Vaccination in Bombay 1924-1928 - 1924-1928
Year: 1924
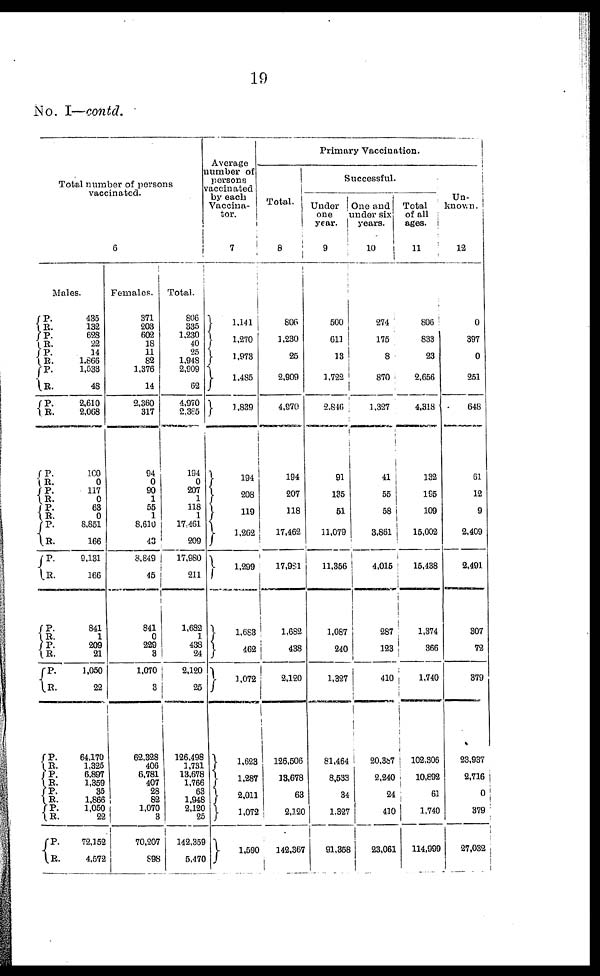
19
No. I—contd.
Total number of persons
vaccinated.
6
Males.
P.
R.
P.
R.
P.
R.
P.
R. P.
R.
P.
R.
P.
R.
P.
R.
P.
R.
P.
R.
P. R.
P.
R.
P.
R.
P.
R.
P.
R.
P.
R.
P.
R.
P.
R.
435
132
628
22
14
1,866
1,533
48
2,610
2,068
100
0
117
0
63
0
8,851
166
9,131
166
841
1
209
21
1,050
22
64,170
1,325
6,897
1,359
35
1,866
1,050
22
72,152
4,572
Females.
371
203
602
18
11
82
1,376
14
2,360
317
94
0
90
1
55
1
8,610
43
3,849
45
841
0
229
3
1,070
3
62,328
406
6,781
407
28
82
1,070
3
70,207
898
Total.
806
335
1,230
40
25
1,948
2,909
62
4,970
2,385
194
0
207
1
118
1
17,461
209
17,980
211
1,682
1
438
24
2,120
25
126,498
1,731
13,678
1,766
6
1,948
2,120
2
142,359
5,470
Average
number of
persons
vaccinated
by each
Vaccina-
tor.
7
1,141
1,270
1,973
1,485
1,839
194
208
119
1,262
1,299
1,683
462
1,072
1,623
1,287
2,011
1,072
1,590
Primary Vaccination.
Total.
8
806
1,230
25
2,909
4,970
194
207
118
17,462
17,981
1,682
438
2,120
126,506
13,678
63
2,120
142,367
Successful.
Under
one
year.
9
500
611
13
1,722
2,846
91
135
51
11,079
11,356
1,087
240
1,327
81,464
8,533
34
1,327
91,358
One and
under six
years.
10
274
175
8
870
1,327
41
55
58
3,861
4,015
287
123
410
20,387
2,240
24
410
23,061
Total
of all
ages.
11
806
833
23
2,656
4,318
132
195
109
15,002
15,438
1,374
366
1,740
102,306
10,892
61
1,740
114,999
Un-
known.
12
0
397
0
251
648
61
12
9
2,409
2,491
307
72
379
23,937
2,716
0
379
27,032